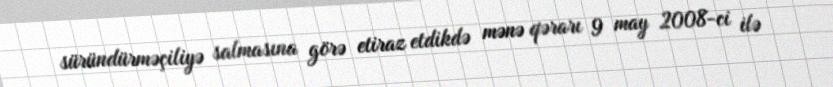
süründürməçiliyə salmasına görə etiraz etdikdə mənə qərarı 9 may 2008-ci ilə